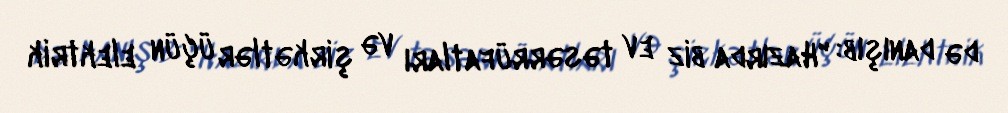
də danışıb: "Hazırda biz ev təsərrüfatları və şirkətlər üçün elektrik